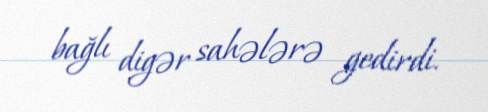
bağlı digər sahələrə gedirdi.